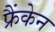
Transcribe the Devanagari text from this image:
फ्रैंकेन